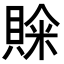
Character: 𮚒